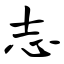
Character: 志